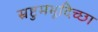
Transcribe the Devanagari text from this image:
स्रष्टुमभूदिच्छा